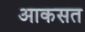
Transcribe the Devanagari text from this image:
आकसत